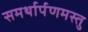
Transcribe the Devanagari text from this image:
समर्थार्पणमस्तु